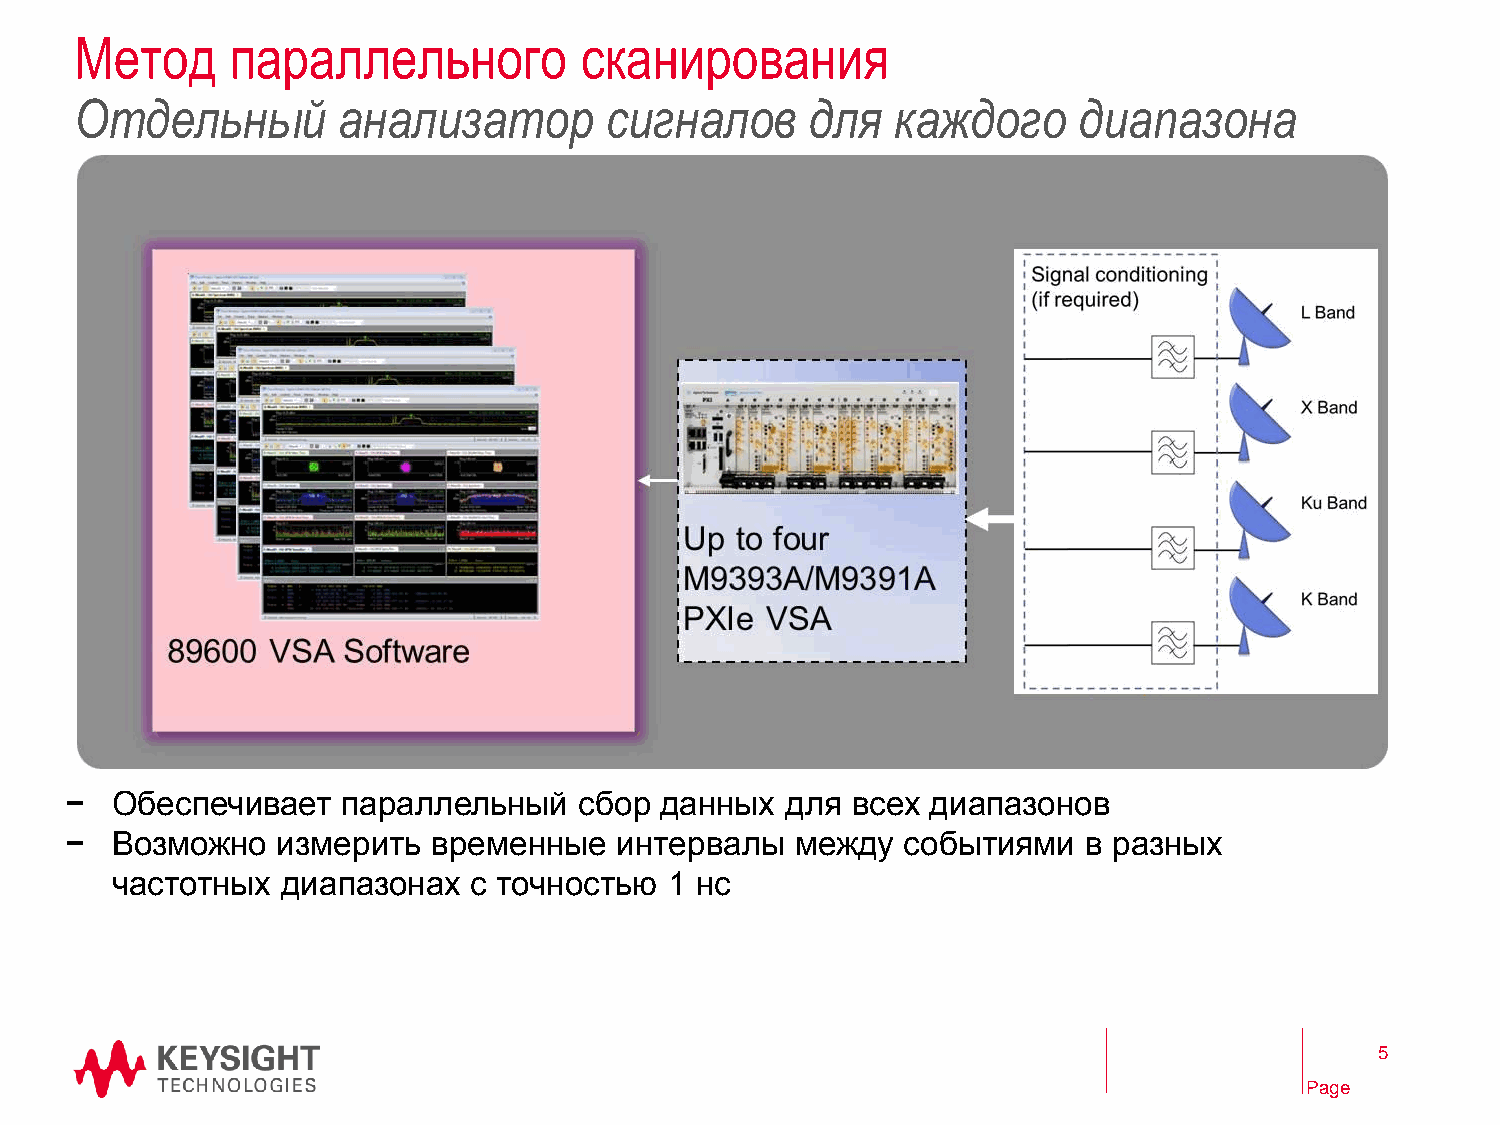
Метод     параллельного          сканирования
 Отдельный        анализатор        сигналов      для  каждого     диапазона
 −  Обеспечивает    параллельный   сбор  данных  для всех  диапазонов
 −  Возможно   измерить   временные   интервалы   между  событиями   в разных
 частотных   диапазонах  с точностью  1 нс
 5
 Page